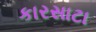
કારસાટા